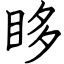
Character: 眵